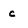
Character: c